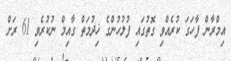
އިމްރާން ފާހަގަ ކުރެއްވި ގޮތުގައި ފުލުހުންގެ ޚިދުމަތް ގާއިމް ނުކުރެވި 61 ރަށް